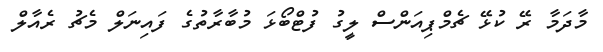
މާދަމާ ރޭ ކުޅޭ ޗެމްޕިއަންސް ލީގު ފުޓްބޯޅަ މުބާރާތުގެ ފައިނަލް މެޗު ރެއާލް